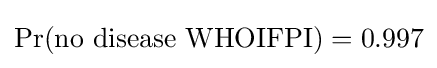
\Pr({\text{no disease WHOIFPI}})=0.997